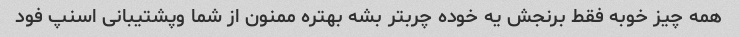
همه چیز خوبه فقط برنجش یه خوده چربتر بشه بهتره ممنون از شما وپشتیبانی اسنپ فود